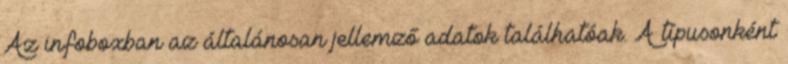
Az infoboxban az általánosan jellemző adatok találhatóak. A típusonként